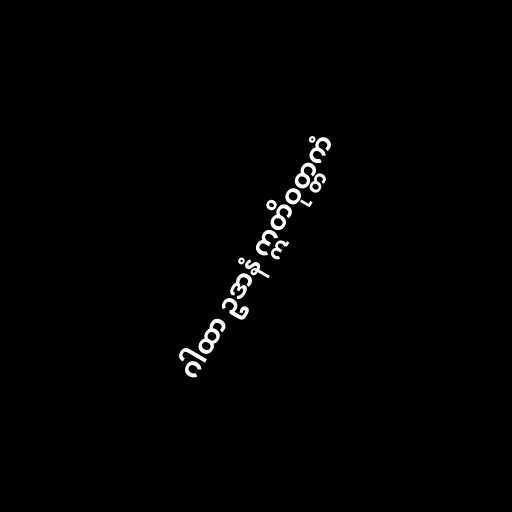
ဂါထာ ဥဒာနံ ဣတိဝုတ္တကံ